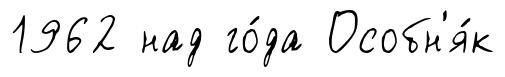
1962 над го́да Особн'я́к